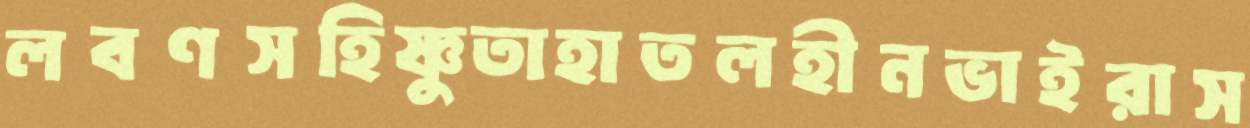
লবণসহিষ্ণুতাহাতলহীনভাইরাস